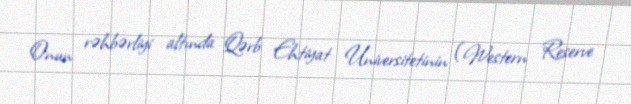
Onun rəhbərliyi altında Qərb Ehtiyat Universitetinin (Western Reserve